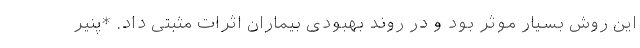
این روش بسیار موثر بود و در روند بهبودی بیماران اثرات مثبتی داد. *پنیر